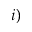
i )